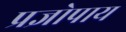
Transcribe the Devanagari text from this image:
प्रज्ञोपाय